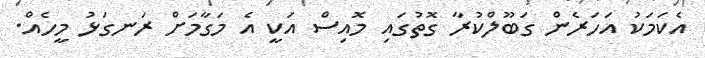
އެކަމަކު އަހަރެން ގަބޫލްކުރާ ގޮތުގައި މޮއިސް އަކީ އެ މަގާމަށް ރަނގަޅު މީހެއް.